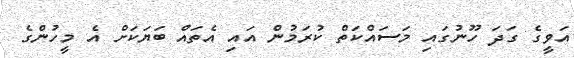
އަވީގެ ގަދަ ހޫނުގައި މަސައްކަތް ކުރަމުން އައި އެތައް ބަޔަކަށް އެ މީހުންގެ